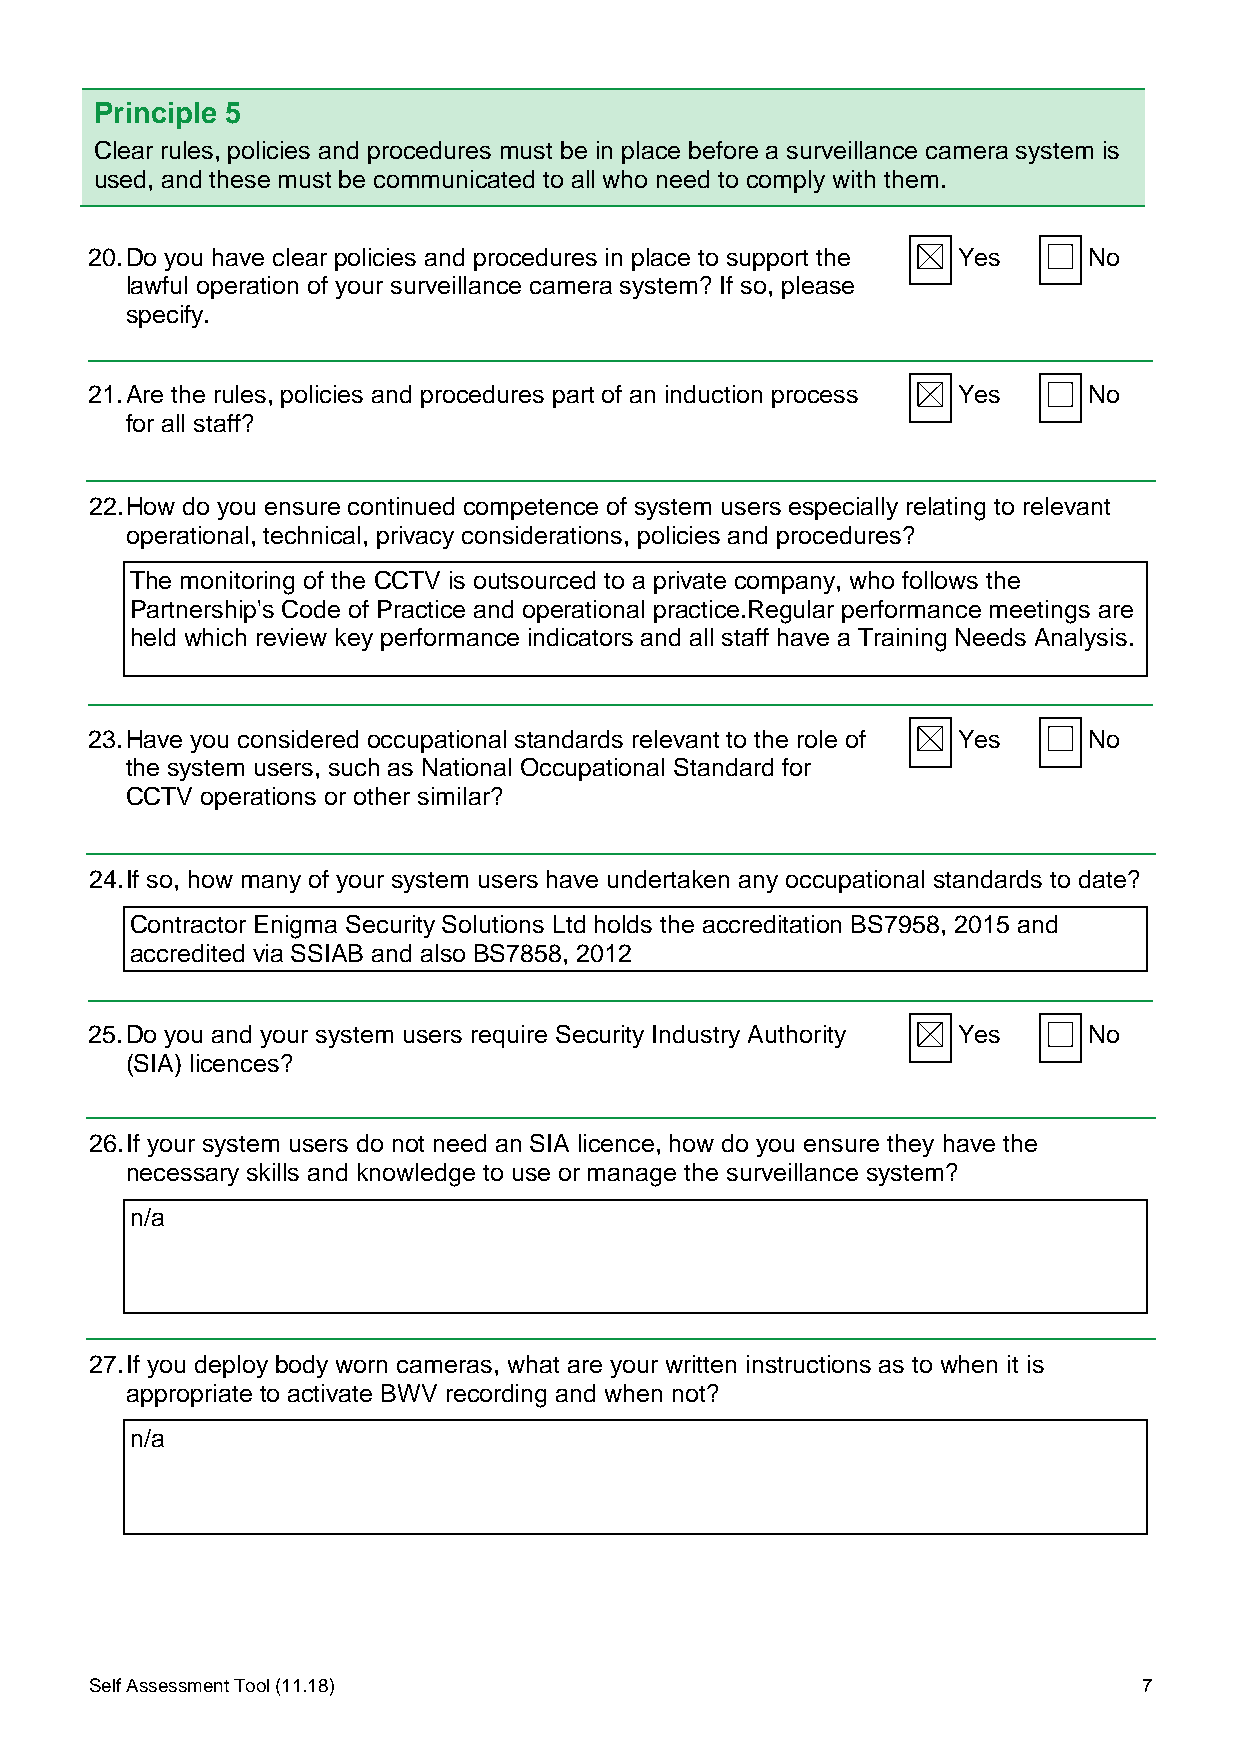
Principle 5
 Clear rules, policies and procedures must be in place before a surveillance camera system is
 used, and these must be communicated to all who need to comply with them.
 20. Do you have clear policies and procedures in place to support the Yes No
 lawful operation of your surveillance camera system? If so, please
 specify.
 21. Are the rules, policies and procedures part of an induction process Yes No
 for all staff?
 22. How do you ensure continued competence of system users especially relating to relevant
 operational, technical, privacy considerations, policies and procedures?
 The monitoring of the CCTV is outsourced to a private company, who follows the
 Partnership's Code of Practice and operational practice.Regular performance meetings are
 held which review key performance indicators and all staff have a Training Needs Analysis.
 23. Have you considered occupational standards relevant to the role of Yes No
 the system users, such as National Occupational Standard for
 CCTV operations or other similar?
 24. If so, how many of your system users have undertaken any occupational standards to date?
 Contractor Enigma Security Solutions Ltd holds the accreditation BS7958, 2015 and
 accredited via SSIAB and also BS7858, 2012
 25. Do you and your system users require Security Industry Authority Yes No
 (SIA) licences?
 26. If your system users do not need an SIA licence, how do you ensure they have the
 necessary skills and knowledge to use or manage the surveillance system?
 n/a
 27. If you deploy body worn cameras, what are your written instructions as to when it is
 appropriate to activate BWV recording and when not?
 n/a
 Self Assessment Tool (11.18)                                          7